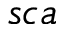
s c a